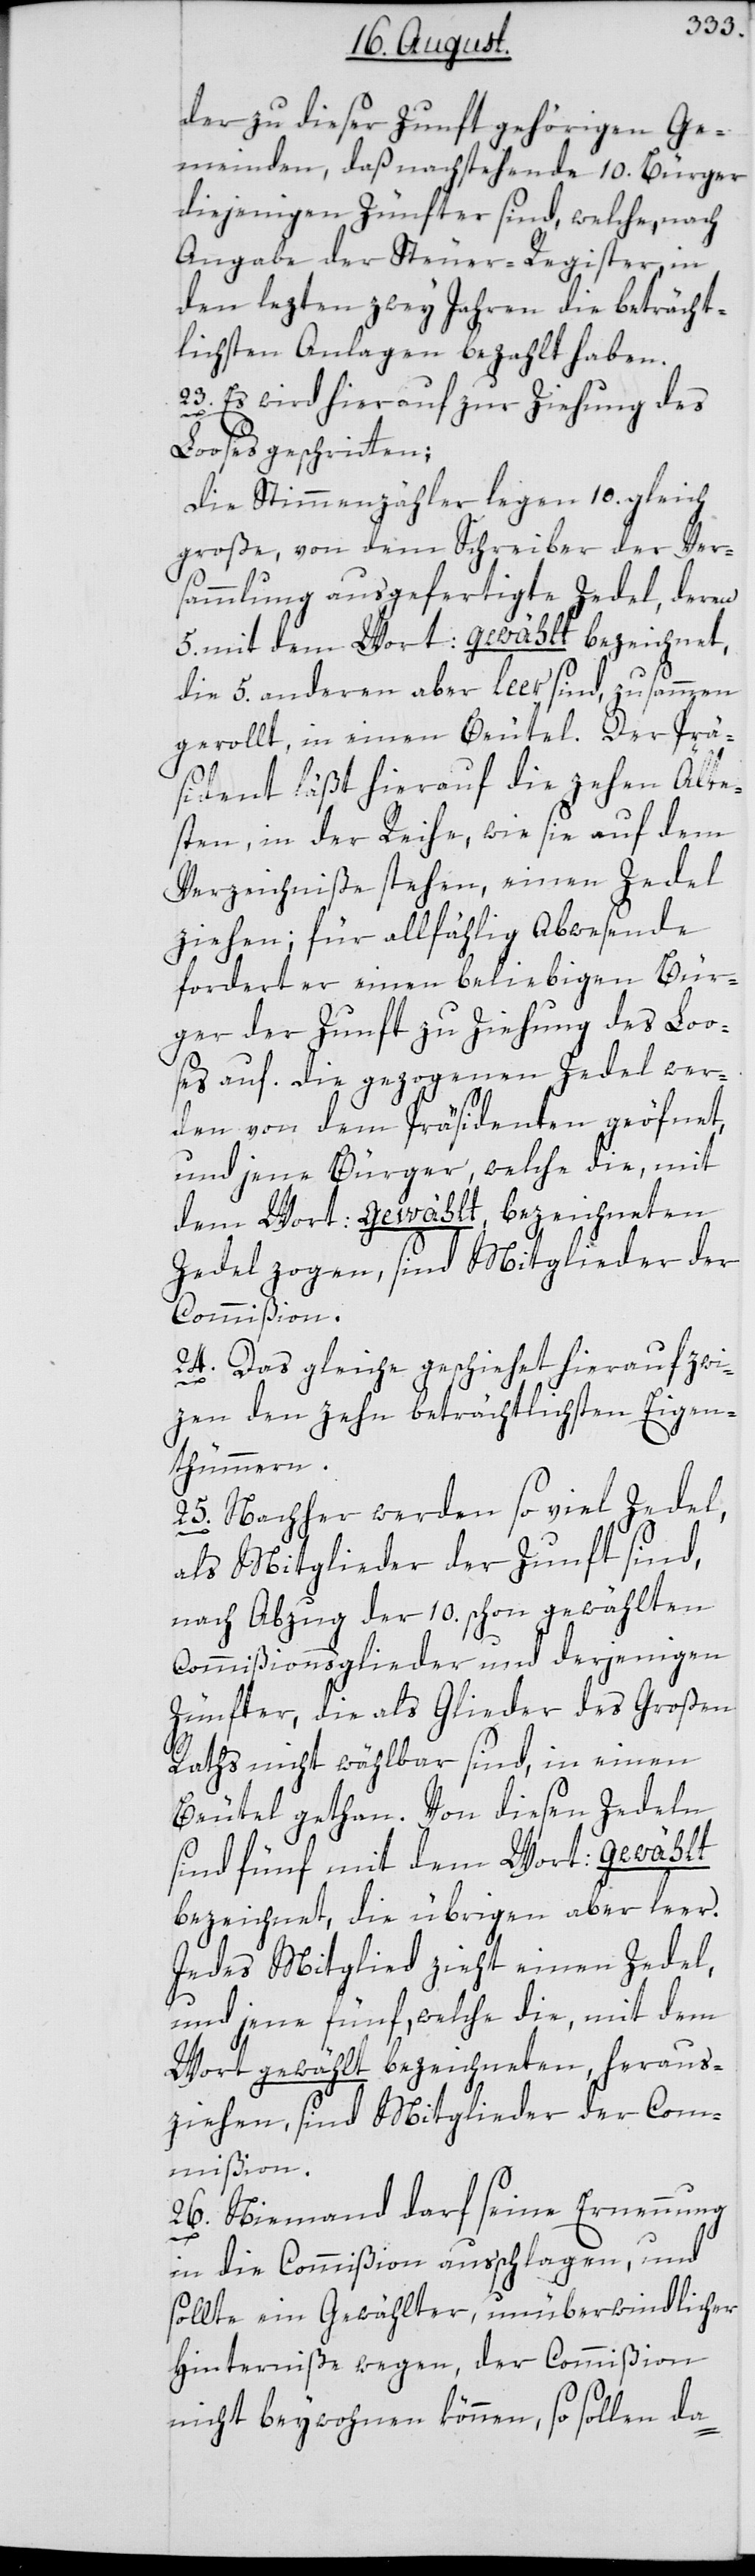
der zu dieser Zunft gehörigen Ge¬
meinden, daß nachstehende 10. Bürger
diejenigen Zünfter sind, welche, nach
Angabe der Steuer-Register, in
den lezten zwey Jahren die beträcht¬
lichsten Anlagen bezahlt haben.
23. Es wird hierauf zur Ziehung des
Looses geschritten:
Die Stimmenzähler legen 10. gleich¬
große, von dem Schreiber der Ver¬
sammlung ausgefertigte Zedel, deren
5. mit dem Wort: gewählt bezeichnet,
die 5. anderen aber leer sind, zusammen
gerollt, in einen Beutel. Der Prä¬
sident läßt hierauf die zehen Älte¬
sten, in der Reihe, wie sie auf dem
Verzeichniße stehen, einen Zedel
ziehen; für allfählig Abwesende
fordert er einen beliebigen Bür¬
ger der Zunft zu Ziehung des Loo¬
ses auf. Die gezogenen Zedel wer¬
den von dem Präsidenten geöfnet,
und jene Bürger, welche die, mit
dem Wort: gewählt, bezeichneten
Zedel zogen, sind Mitglieder der
Commißion.
24. Das Gleiche geschiehet hierauf zwi¬
sc¬
hen den zehn beträchtlichsten Eigen¬
thümmern.
25. Nachher werden so viel Zedel,
als Mitglieder der Zunft sind,
nach Abzug der 10. schon gewählten
Commißionsglieder und derjenigen
Zünfter, die als Glieder des Großen
Raths nicht wählbar sind, in einen
Beutel gethan. Von diesen Zedeln
sind fünf mit dem Wort gewählt
bezeichnet, die übrigen aber leer.
Jedes Mitglied zieht einen Zedel,
und jene fünf, welche die, mit dem
Wort gewählt bezeichneten, heraus¬
ziehen, sind Mitglieder der Com¬
mißion.
26. Niemand darf seine Ernennung
in die Commißion ausschlagen, und
sollte ein Gewählter, unüberwindlicher
Hinterniße wegen, der Commißion
nicht beywohnen können, so sollen da-